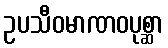
ဥပသီဝမာဏဝပုစ္ဆာ